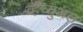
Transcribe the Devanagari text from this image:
र्व्हच्युअल